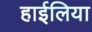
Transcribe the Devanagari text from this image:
हाईलिया